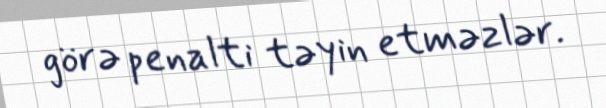
görə penalti təyin etməzlər.